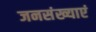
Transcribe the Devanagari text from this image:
जनसंख्याएं